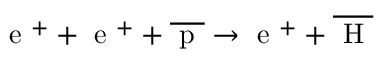
\textrm { e } ^ { + } + \textrm { e } ^ { + } + \overline { { \textrm { p } } } \rightarrow \textrm { e } ^ { + } + \overline { { \textrm { H } } }